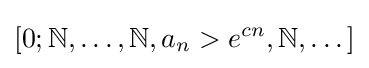
[0;\mathbb {N} ,\dots ,\mathbb {N} ,a_{n}>e^{cn},\mathbb {N} ,\dots ]